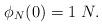
LaTeX: \begin{align*}\phi_N(0) = 1\;N.\end{align*}